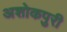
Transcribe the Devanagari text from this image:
अशोकपुरी